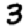
Digit: 3